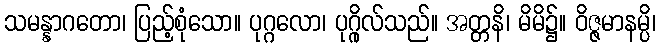
သမန္နာဂတော၊ ပြည့်စုံသော။ ပုဂ္ဂလော၊ ပုဂ္ဂိုလ်သည်။ အတ္တနိ၊ မိမိ၌။ ဝိဇ္ဇမာနမ္ပိ၊